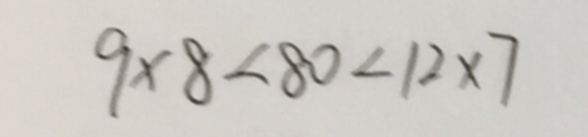
9 \times 8 < 8 0 < 1 2 \times 7